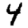
Digit: 4